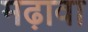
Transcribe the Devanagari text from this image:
मढ़ावा